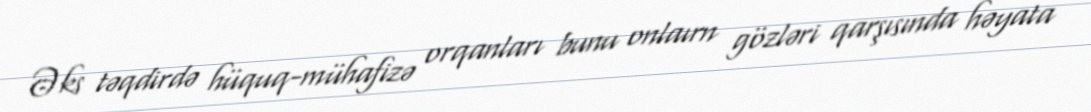
Əks təqdirdə hüquq-mühafizə orqanları bunu onlaırn gözləri qarşısında həyata